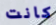
كانت